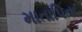
માતાપિતા